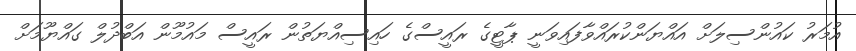
އުމަރު ކައުންސިލަށް އައްޔަންކުރައްވާފައިވަނީ ޕާޓީގެ ރައީސްގެ ހައިސިއްޔަތުން ރައީސް މައުމޫން އަބްދުލް ގައްޔޫމަށް